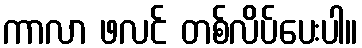
ကာလာ ဖလင် တစ်လိပ်ပေးပါ။